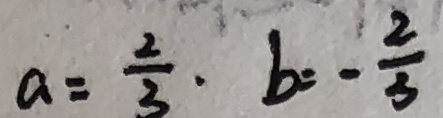
a = \frac { 2 } { 3 } \cdot b = - \frac { 2 } { 3 }